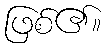
ဖြစ်၏။